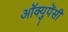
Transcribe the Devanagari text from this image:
अॉक्युपेंसी